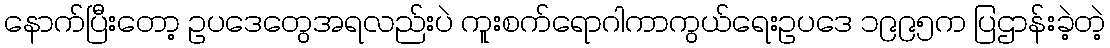
နောက်ပြီးတော့ ဥပဒေတွေအရလည်းပဲ ကူးစက်ရောဂါကာကွယ်ရေးဥပဒေ ၁၉၉၅က ပြဌာန်းခဲ့တဲ့